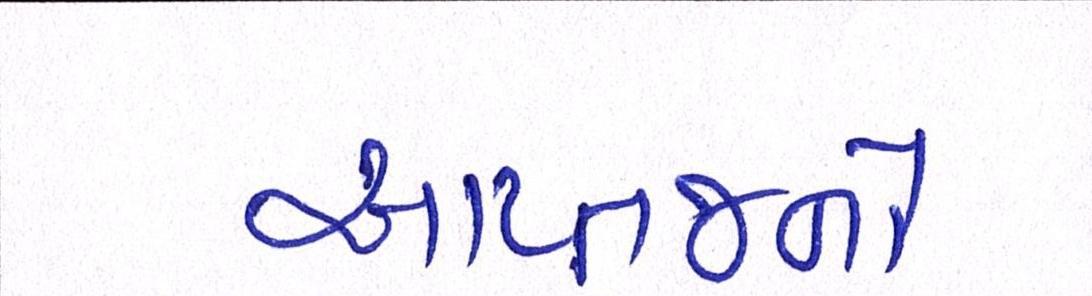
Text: આપ્તજનો